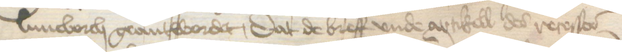
Luneborch geantwordet, dat de breff vnde artikell des resesses